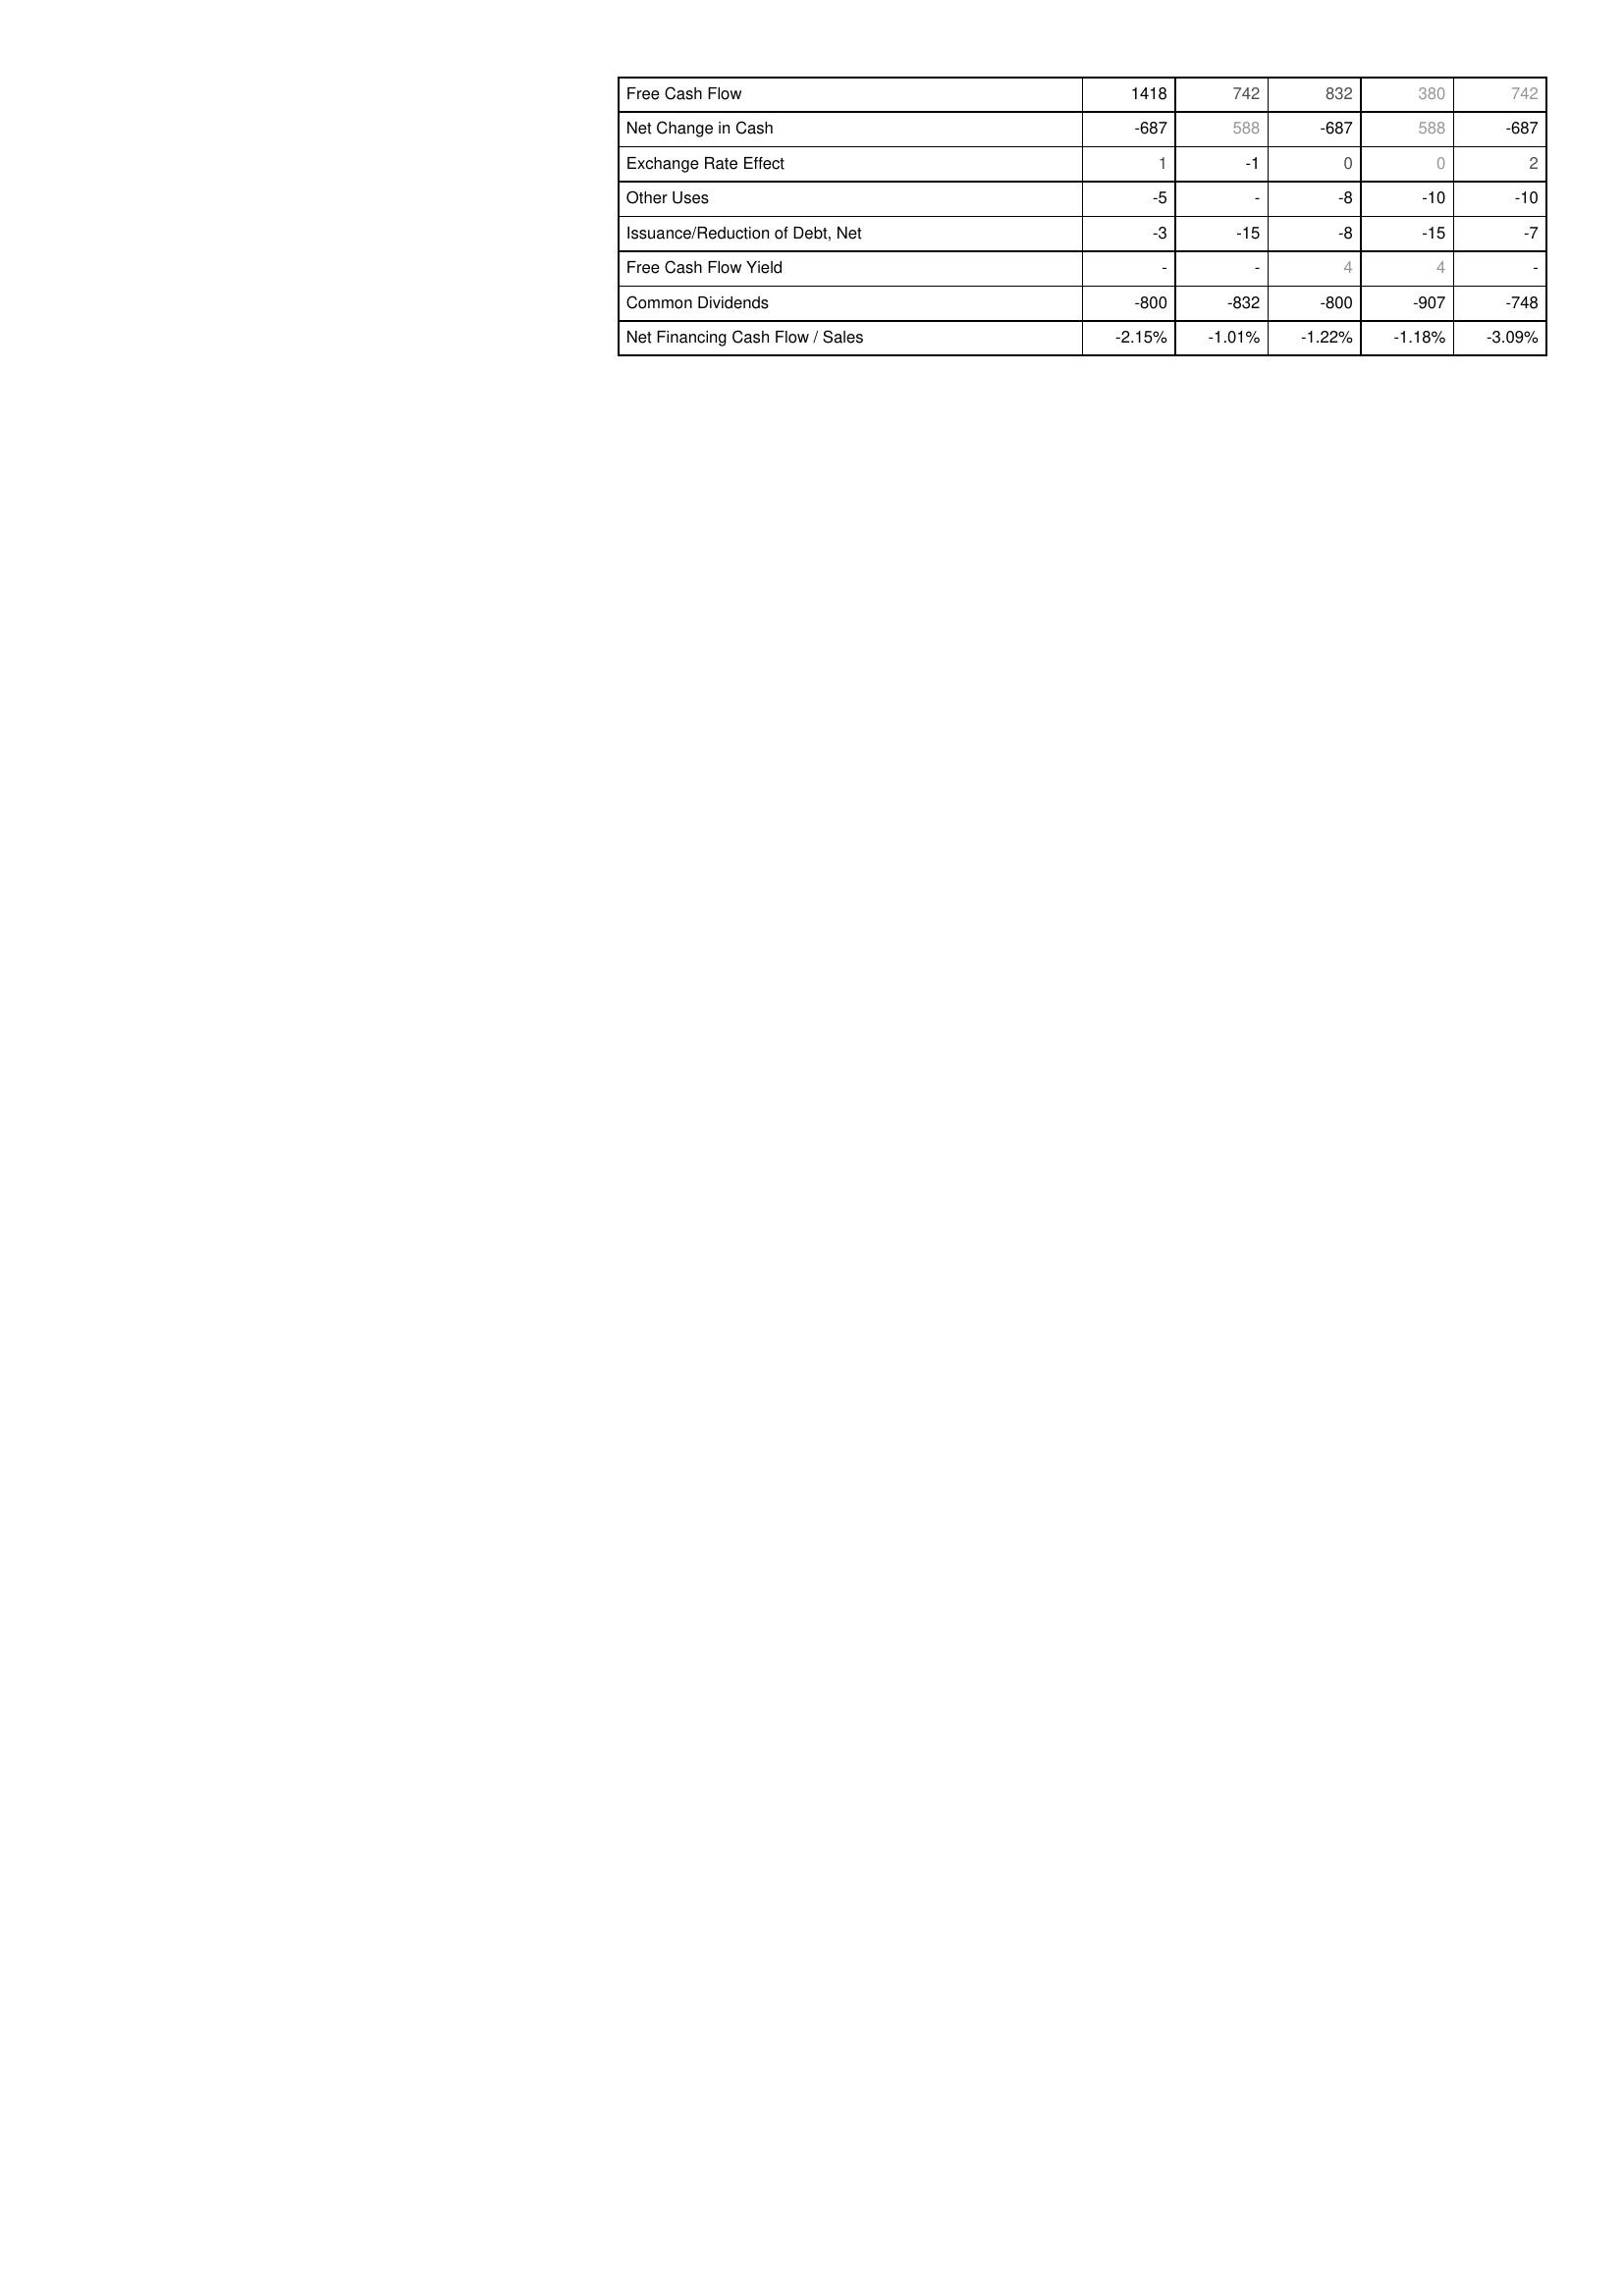
2021: Financing Activities: Free Cash Flow: 1418
Net Change in Cash: -687
Exchange Rate Effect: 1
Other Uses: -5
Issuance/Reduction of Debt, Net: -3
Free Cash Flow Yield: -
Common Dividends: -800
Net Financing Cash Flow / Sales: -2.15%
2020: Financing Activities: Free Cash Flow: 742
Net Change in Cash: 588
Exchange Rate Effect: -1
Other Uses: -
Issuance/Reduction of Debt, Net: -15
Free Cash Flow Yield: -
Common Dividends: -832
Net Financing Cash Flow / Sales: -1.01%
2019: Financing Activities: Free Cash Flow: 832
Net Change in Cash: -687
Exchange Rate Effect: 0
Other Uses: -8
Issuance/Reduction of Debt, Net: -8
Free Cash Flow Yield: 4
Common Dividends: -800
Net Financing Cash Flow / Sales: -1.22%
2018: Financing Activities: Free Cash Flow: 380
Net Change in Cash: 588
Exchange Rate Effect: 0
Other Uses: -10
Issuance/Reduction of Debt, Net: -15
Free Cash Flow Yield: 4
Common Dividends: -907
Net Financing Cash Flow / Sales: -1.18%
2017: Financing Activities: Free Cash Flow: 742
Net Change in Cash: -687
Exchange Rate Effect: 2
Other Uses: -10
Issuance/Reduction of Debt, Net: -7
Free Cash Flow Yield: -
Common Dividends: -748
Net Financing Cash Flow / Sales: -3.09%